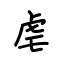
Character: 虐